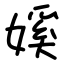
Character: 㜎